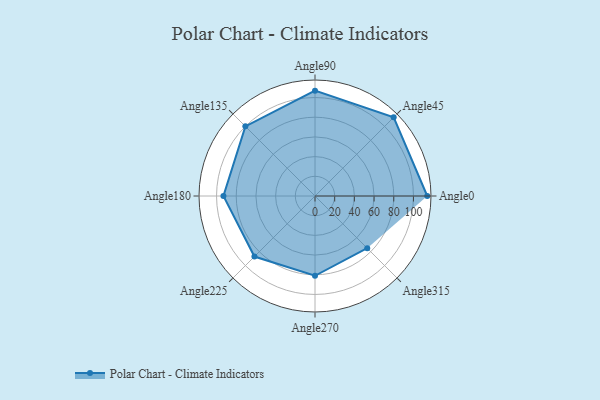
{"axis": {"x": "Angle", "y": "Radius"}, "legend": [""], "data": [{"x": "Angle0", "y": 114.0, "type": ""}, {"x": "Angle45", "y": 113.0, "type": ""}, {"x": "Angle90", "y": 107.0, "type": ""}, {"x": "Angle135", "y": 100.0, "type": ""}, {"x": "Angle180", "y": 93.0, "type": ""}, {"x": "Angle225", "y": 87.0, "type": ""}, {"x": "Angle270", "y": 81.0, "type": ""}, {"x": "Angle315", "y": 75.0, "type": ""}]}